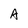
Character: A